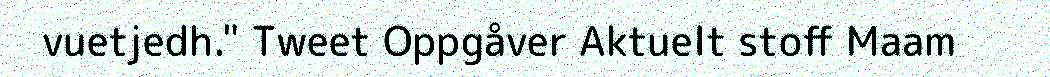
vuetjedh." Tweet Oppgåver Aktuelt stoff Maam